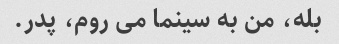
بله، من به سینما می روم، پدر.